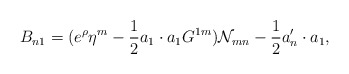
\begin{align*}B_{n1}=(e^{\rho}\eta^{m} -{1\over 2} a_1\cdot a_1 G^{1m}){\cal N}_{mn}-{1\over 2}a'_n \cdot a_1,\end{align*}